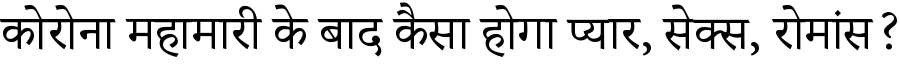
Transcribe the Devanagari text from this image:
कोरोना महामारी के बाद कैसा होगा प्यार, सेक्स, रोमांस?